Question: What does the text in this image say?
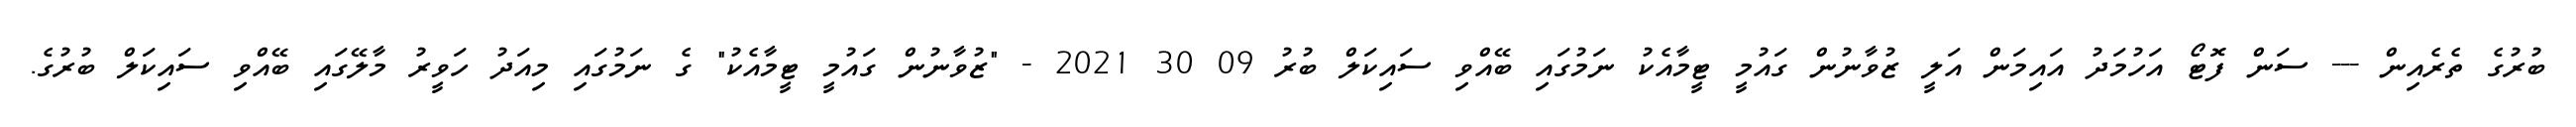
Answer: ބުރުގެ ތެރެއިން --- ސަން ފޮޓޯ އަހުމަދު އައިމަން އަލީ ޒުވާނުން ގައުމީ ޓީމާއެކު ނަމުގައި ބޭއްވި ސައިކަލް ބުރު 09 30 2021 - "ޒުވާނުން ގައުމީ ޓީމާއެކު" ގެ ނަމުގައި މިއަދު ހަވީރު މާލޭގައި ބޭއްވި ސައިކަލް ބުރުގެ.